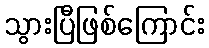
သွားပြီဖြစ်ကြောင်း